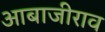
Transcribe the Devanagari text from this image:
आबाजीराव